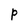
Character: P